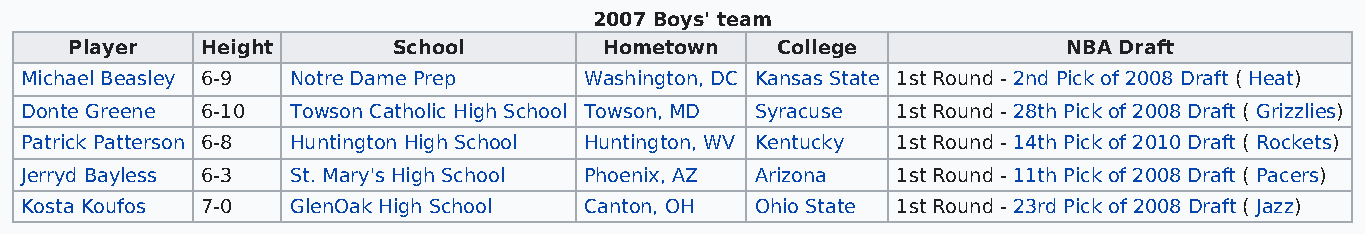
2007 Boys' team
 Player  Height       School        Hometown   College             NBA Draft
 Michael Beasley 6-9 Notre Dame Prep   Washington, DC Kansas State 1st Round - 2nd Pick of 2008 Draft ( Heat)
 Donte Greene 6-10 Towson Catholic High School Towson, MD Syracuse 1st Round - 28th Pick of 2008 Draft ( Grizzlies)
 Patrick Patterson 6-8 Huntington High School Huntington, WV Kentucky 1st Round - 14th Pick of 2010 Draft ( Rockets)
 Jerryd Bayless 6-3 St. Mary's High School Phoenix, AZ Arizona 1st Round - 11th Pick of 2008 Draft ( Pacers)
 Kosta Koufos 7-0  GlenOak High School Canton, OH Ohio State 1st Round - 23rd Pick of 2008 Draft ( Jazz)